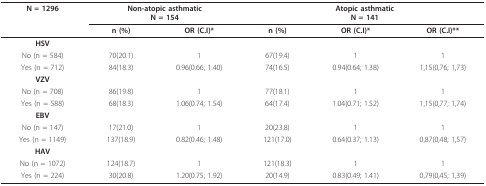
| N = 1296 | <COLSPAN=2> Non-atopic asthmaticN = 154 | <COLSPAN=3> Atopic asthmaticN = 141 |
 |  | n (%) | OR (C.I)* | n (%) | OR (C.I)* | OR (C.I)** |
 | --- | --- | --- | --- | --- | --- |
 | HSV |  |  |  |  |  |
 | No (n = 584) | 70(20.1) | 1 | 67(19.4) | 1 | 1 |
 | Yes (n = 712) | 84(18.3) | 0.96(0.66; 1.40) | 74(16.5) | 0.94(0.64; 1.38) | 1,15(0,76; 1,73) |
 | VZV |  |  |  |  |  |
 | No (n = 708) | 86(19.8) | 1 | 77(18.1) | 1 | 1 |
 | Yes (n = 588) | 68(18.3) | 1.06(0.74; 1.54) | 64(17.4) | 1.04(0.71; 1.52) | 1,15(0,77; 1,74) |
 | EBV |  |  |  |  |  |
 | No (n = 147) | 17(21.0) | 1 | 20(23.8) | 1 | 1 |
 | Yes (n = 1149) | 137(18.9) | 0.82(0.46; 1.48) | 121(17.0) | 0.64(0.37; 1.13) | 0,87(0,48; 1,57) |
 | HAV |  |  |  |  |  |
 | No (n = 1072) | 124(18.7) | 1 | 121(18.3) | 1 | 1 |
 | Yes (n = 224) | 30(20.8) | 1.20(0.75; 1.92) | 20(14.9) | 0.83(0.49; 1.41) | 0,79(0,45; 1,39) |